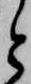
と